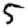
Digit: 5